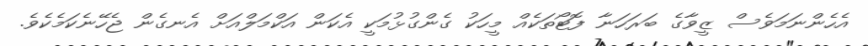
އެހެންނަމަވެސް ޒީވާގެ ބަރަހަނާ ފޮޓޯތަކެއް މީހަކު ގެންގުޅުމަކީ އެކަން އަކްމަލްއަށް އެނގެން ޖެހޭނެކަމެކެވެ.